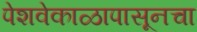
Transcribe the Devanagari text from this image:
पेशवेकाळापासूनचा